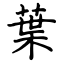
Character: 葉